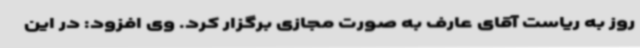
روز به ریاست آقای عارف به صورت مجازی برگزار کرد. وی افزود: در این